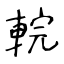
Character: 輐